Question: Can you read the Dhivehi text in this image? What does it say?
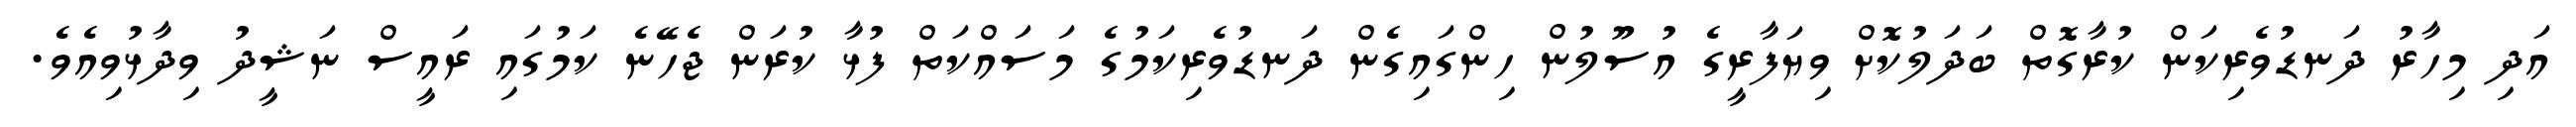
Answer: އަދި މިހާރު ދަނޑުވެރިކަން ކުރާގޮތް ބަދަލުކޮށް ވިޔަފާރީގެ އުސޫލުން ހިންގައިގެން ދަނޑުވެރިކަމުގެ މަސައްކަތް ފުޅާ ކުރަން ޖެހޭނެ ކަމުގައި ރައީސް ނަޝީދު ވިދާޅުވިއެވެ.